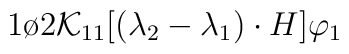
{1\o {2{\cal K}_{11}}}[(\lambda_2 - \lambda_1)\cdot H]\varphi_1